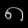
Digit: ၈